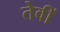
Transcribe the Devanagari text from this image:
तेवीं